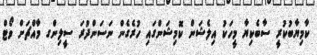
ކާމިޔާބުކުރީ ސާބެކިޔާ މީހަކު އިލެޝަން ކޮމިޝަންގައި ހުރެގެން ނަސަންދުރަ ސީލިންގ މާއްޗަށް ވޯޓް